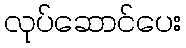
လုပ်ဆောင်ပေး